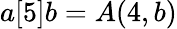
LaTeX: a[5]b=A(4,b)